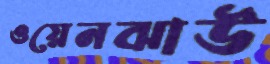
ওয়েনঝাউ